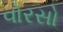
વોરસો